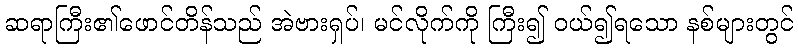
ဆရာကြီး၏ဖောင်တိန်သည် အဲဗားရှပ်၊ မင်လိုက်ကို ကြီး၍ ဝယ်၍ရသော နစ်များတွင်